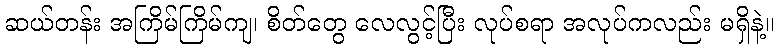
ဆယ်တန်း အကြိမ်ကြိမ်ကျ၊ စိတ်တွေ လေလွင့်ပြီး လုပ်စရာ အလုပ်ကလည်း မရှိနဲ့။